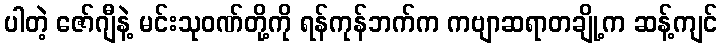
ပါတဲ့ ဇော်ဂျီနဲ့ မင်းသုဝဏ်တို့ကို ရန်ကုန်ဘက်က ကဗျာဆရာတချို့က ဆန့်ကျင်